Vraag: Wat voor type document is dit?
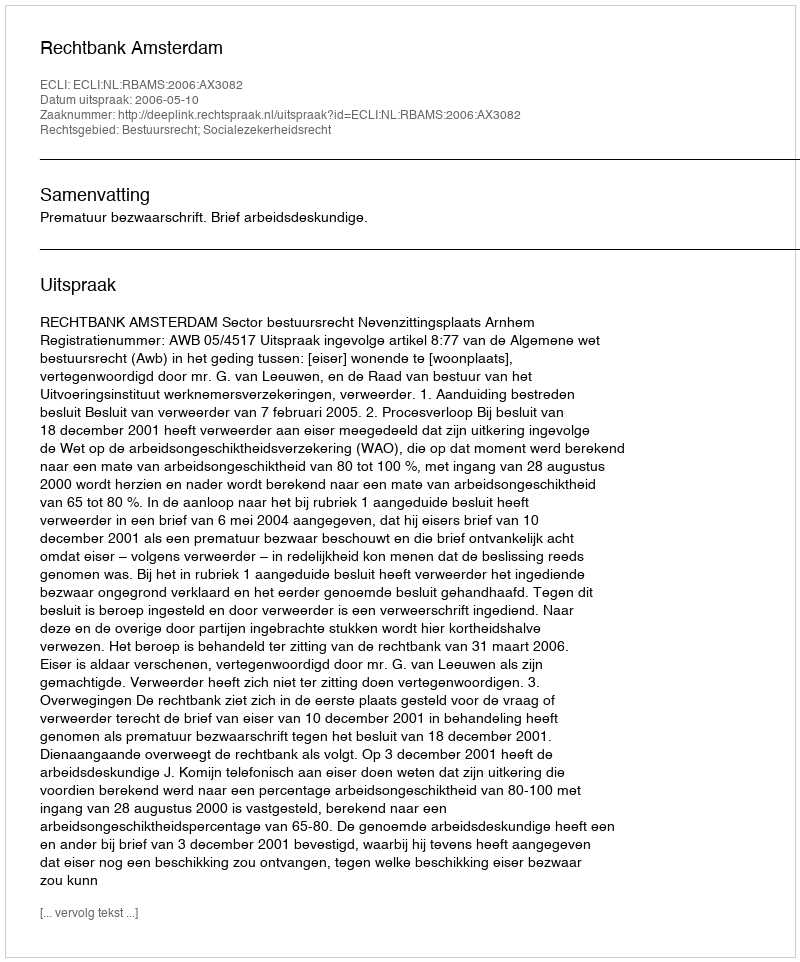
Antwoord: Uitspraak